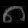
Digit: ၈